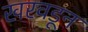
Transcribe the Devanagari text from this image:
खरवडून